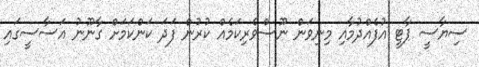
ސިޔާސީ ޕާޓީ އުފެއްދުމާއި މިނިވަން ނޫސްވެރިކަމެއް ކުރުން ފަދަ ކަންކަމަށް ގާނޫނު އަސާސީގައި